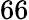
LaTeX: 66